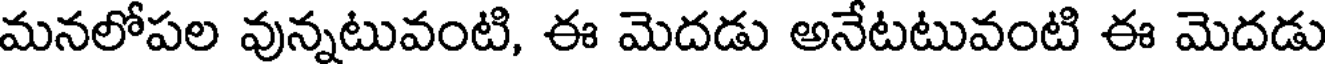
మనలోపల వున్నటువంటి, ఈ మెదడు అనేటటువంటి ఈ మెదడు